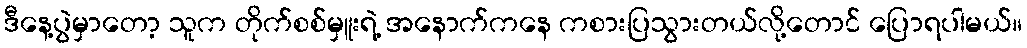
ဒီနေ့ပွဲမှာတော့ သူက တိုက်စစ်မှူးရဲ့ အနောက်ကနေ ကစားပြသွားတယ်လို့တောင် ပြောရပါမယ်။